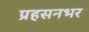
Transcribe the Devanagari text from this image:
प्रहसनभर